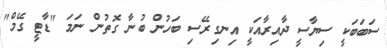
ސަބަބަކީ ސިޔާސީ ދާއިރާއަކީ އިނގިރޭސި ބަހުން ބުނާ ގޮތުން ނަމަ "ޑާޓީ ގޭމް"